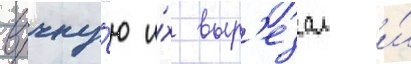
вручну́ю и́х выр'езал и́